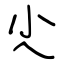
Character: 尐